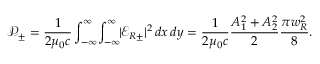
\mathcal { P } _ { \pm } = \frac { 1 } { 2 \mu _ { 0 } c } \displaystyle \int _ { - \infty } ^ { \infty } \! \displaystyle \int _ { - \infty } ^ { \infty } \! \! | \mathcal { E } _ { R \pm } | ^ { 2 } \, d x \, d y = \frac { 1 } { 2 \mu _ { 0 } c } \frac { A _ { 1 } ^ { 2 } + A _ { 2 } ^ { 2 } } { 2 } \frac { \pi w _ { R } ^ { 2 } } { 8 } .